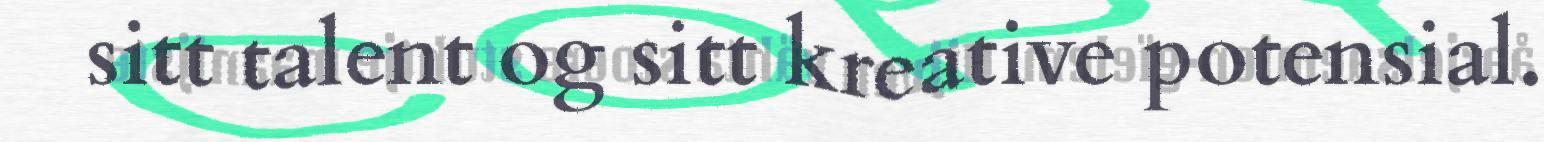
sitt talent og sitt kreative potensial.